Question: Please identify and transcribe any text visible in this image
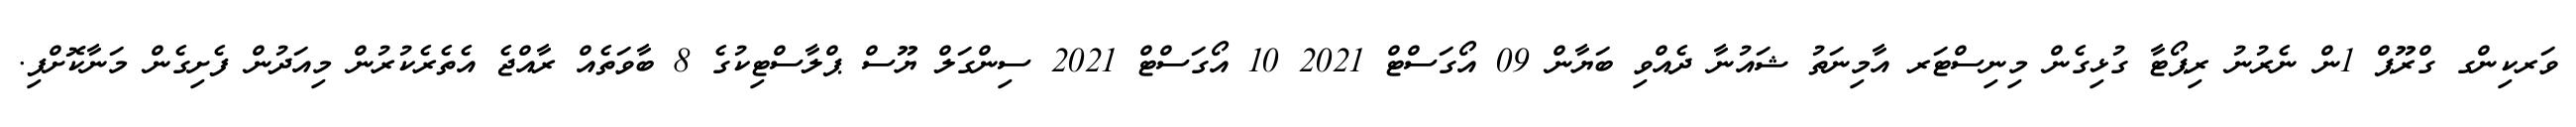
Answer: ވަރކިންގ ގްރޫޕް 1ން ނެރުނު ރިޕޯޓާ ގުޅިގެން މިނިސްޓަރ އާމިނަތު ޝައުނާ ދެއްވި ބަޔާން 09 އޯގަސްޓް 2021 10 އޯގަސްޓް 2021 ސިންގަލް ޔޫސް ޕްލާސްޓިކުގެ 8 ބާވަތެއް ރާއްޖެ އެތެރެކުރުން މިއަދުން ފެށިގެން މަނާކޮށްފި.